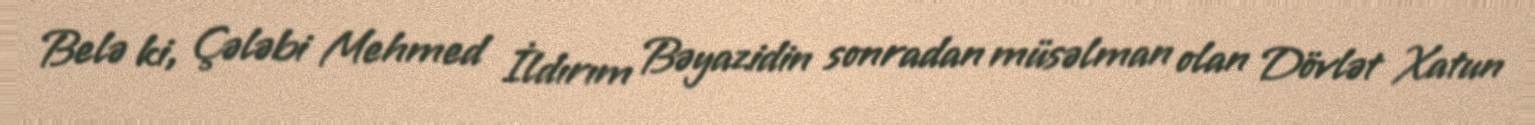
Belə ki, Çələbi Mehmed İldırım Bəyazidin sonradan müsəlman olan Dövlət Xatun